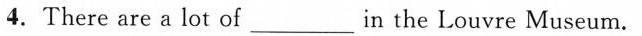
4. There are a lot of ___ in the Louvre Museum.